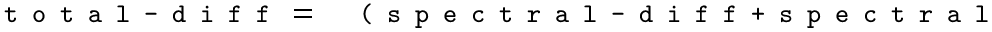
\begin{array} { r l } { \texttt { \small t o t a l - d i f f } = } & { { } \texttt { \small ( s p e c t r a l - d i f f + s p e c t r a l - s g s - d i f f + e n s t - f l u x - d i f f } } \end{array}